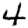
Digit: 4